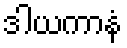
ဒါယကာနံ